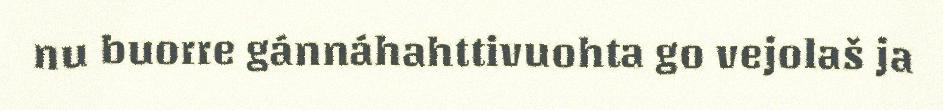
nu buorre gánnáhahttivuohta go vejolaš ja